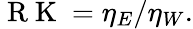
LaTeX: \mathrm{~R~K~}=\eta_{E}/\eta_{W}.